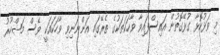
މި ވަޅުކޮޅާ ގުޅޭގޮތުން އައިސްފައިވާ ވާހަކަތަކުގެ ތެރޭގައި އަންނަނިވި ވާހަކައަކީ ވެސް މަޝްހޫރު